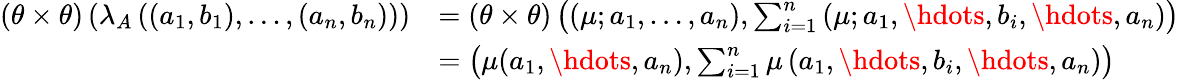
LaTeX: \begin{array}{rl}{(\theta\times\theta)\left(\lambda_{A}\left((a_{1},b_{1}),\dots,(a_{n},b_{n})\right)\right)}&{=(\theta\times\theta)\left((\mu;a_{1},\dots,a_{n}),\sum_{i=1}^{n}\left(\mu;a_{1},\hdots,b_{i},\hdots,a_{n}\right)\right)}\\ &{=\left(\mu(a_{1},\hdots,a_{n}),\sum_{i=1}^{n}\mu\left(a_{1},\hdots,b_{i},\hdots,a_{n}\right)\right)}\end{array}